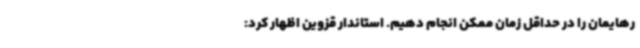
رهایمان را در حداقل زمان ممکن انجام دهیم. استاندار قزوین اظهار کرد: